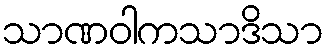
သာဏဝါကသာဒိသာ